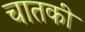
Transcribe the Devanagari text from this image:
चातकी